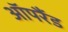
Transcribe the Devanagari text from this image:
ऑपरैंड